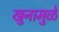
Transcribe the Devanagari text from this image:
खुनामुळे